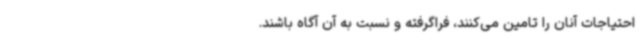
احتیاجات آنان را تامین می‌کنند، فراگرفته و نسبت به آن آگاه باشند.